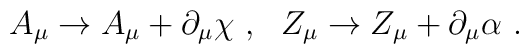
A_\mu \to A_\mu + \partial_\mu \chi~,~~Z_\mu \to Z_\mu + \partial_\mu\alpha~.